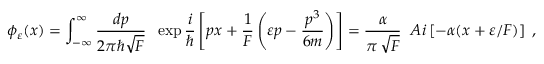
\phi _ { \varepsilon } ( x ) = \int _ { - \infty } ^ { \infty } \frac { d p } { 2 \pi \hbar \sqrt { F } } \; \; \exp \frac { i } { \hbar } \left[ p x + \frac { 1 } { F } \left( \varepsilon p - \frac { p ^ { 3 } } { 6 m } \right) \right] = \frac { \alpha } { \pi \, \sqrt { F } } \; \; A i \left[ - \alpha ( x + \varepsilon / F ) \right] \; ,